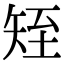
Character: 𥎹